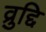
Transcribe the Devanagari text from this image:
व्रुद्दि